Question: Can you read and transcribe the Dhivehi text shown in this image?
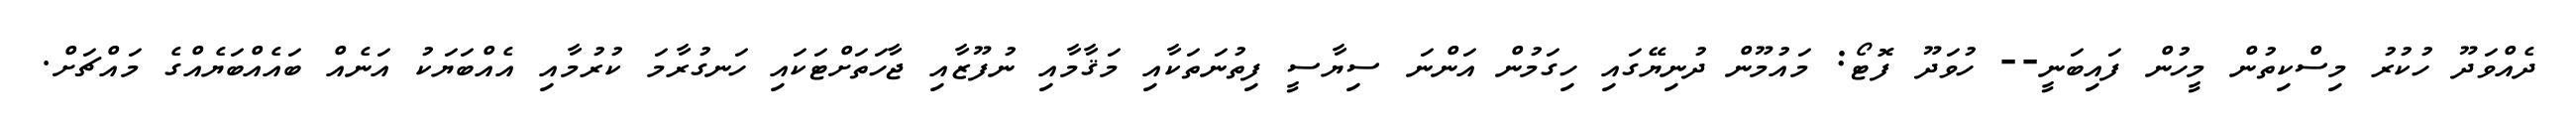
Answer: ދެއްވަދޫ ހުކުރު މިސްކިތުން މީހުން ފައިބަނީ-- ހުވަދޫ ފޮޓޯ: މައުމޫން ދުނިޔޭގައި ހިގަމުން އަންނަ ސިޔާސީ ފިތުނަތަކާއި މަޤާމާއި ނުފޫޒާއި ޖާހަތަށްޓަކައި ހަނގުރާމަ ކުރުމާއި އެއްބަޔަކު އަނެއް ބައެއްބަޔެއްގެ މައްޗަށް.